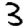
Digit: 3